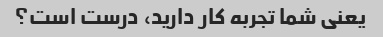
یعنی شما تجربه کار دارید، درست است؟